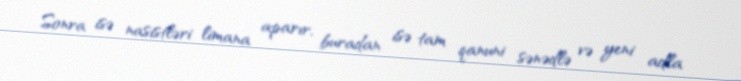
Sonra isə nasistləri limana aparır, buradan isə tam qanuni sənədlə və yeni adla